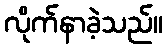
လိုက်နာခဲ့သည်။